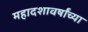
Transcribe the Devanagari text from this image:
महादशावर्षांच्या